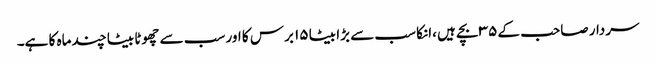
سردار صاحب کے ۳۵ بچے ہیں ،انکا سب سے بڑا بیٹا ۱۵ برس کا اور سب سے چھوٹا بیٹا چند ماہ کا ہے۔